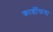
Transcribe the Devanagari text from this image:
कार्डीफचा